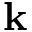
{ \bf k }